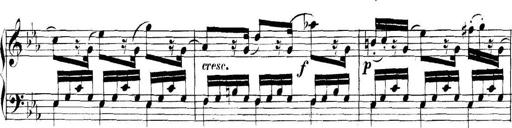
Title: Collected Piano Sonatas
Composer: Muzio Clementi